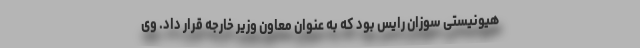
هیونیستی سوزان رایس بود که به ‌عنوان معاون وزیر خارجه قرار داد. وی